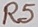
Text: R5